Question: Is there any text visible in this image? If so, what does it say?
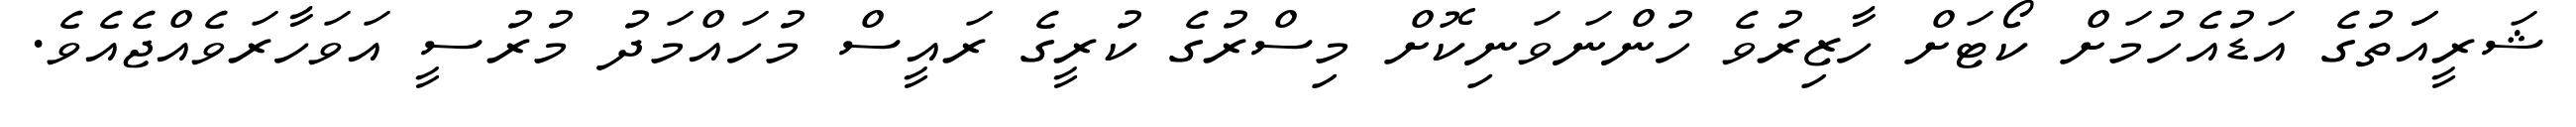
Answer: ޝަރީއަަތުގެ އަޑުއެހުމަށް ކޯޓަށް ހާޒިރުވެ ހުންނަވަނިކޮށް މިސްރުގެ ކުރީގެ ރައީސް މުހައްމަދު މުރުސީ އަވަހާރަވެއްޖެއެވެ.